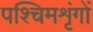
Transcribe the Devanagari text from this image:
पश्चिमशृंगों